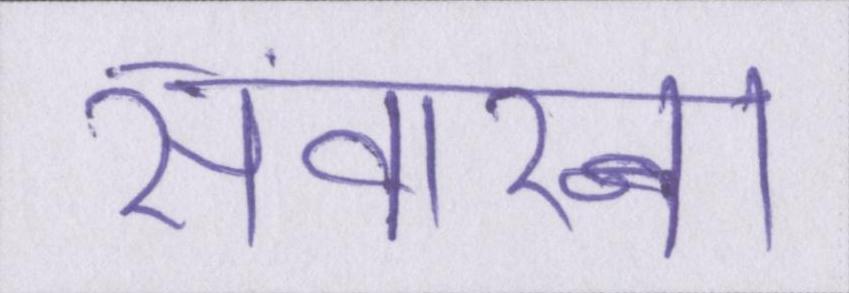
संवारना